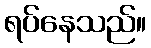
ရပ်နေသည်။